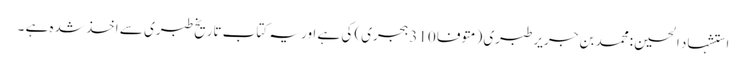
استشہاد الحسین :محمد بن جریر طبری (متوفا 310 ہجری) کی ہے اور یہ کتاب تاریخ طبری سے اخذ شدہ ہے ۔